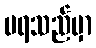
မရသည်မှာ